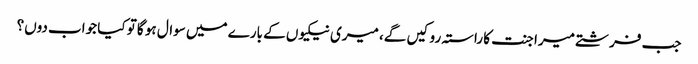
جب فرشتے میرا جنت کا راستہ روکیں گے، میری نیکیوں کے بارے میں سوال ہو گا تو کیا جواب دوں؟